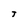
Character: J